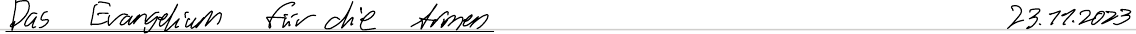
Das Evangelium für die Armen   23.11.2023